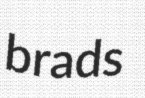
brads